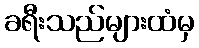
ခရီးသည်များထံမှ